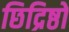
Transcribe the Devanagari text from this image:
छिद्रिष्ठों